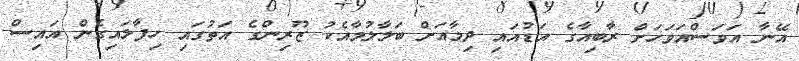
އޭނާ އަވަސްއަވަހަށް ރާބިއާގެ އަޑުއައި ދިމާއަށް ބަލާލުމާއެކު ޒޫރިންގެ އަތުގައި ހިފާލައިގެން އައިސް